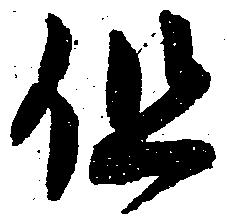
但